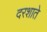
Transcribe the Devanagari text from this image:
दरशाते